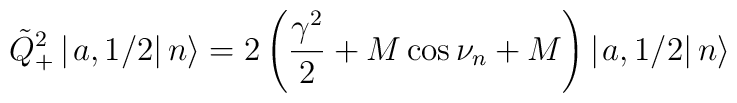
\tilde{Q}^{2}_{+}\left| \left. a,1/2\right| n\right\rangle =2\left( \frac{\gamma ^{2}}{2}+M\cos \nu _{n}+M\right) \left| \left. a,1/2\right| n\right\rangle